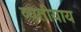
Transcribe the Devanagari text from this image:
व्यतीयाय